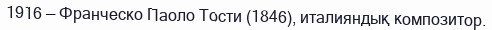
1916 — Франческо Паоло Тости (1846), италияндық композитор.